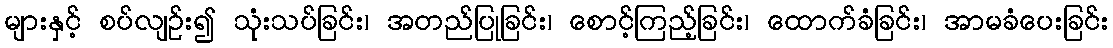
များနှင့် စပ်လျဉ်း၍ သုံးသပ်ခြင်း၊ အတည်ပြုခြင်း၊ စောင့်ကြည့်ခြင်း၊ ထောက်ခံခြင်း၊ အာမခံပေးခြင်း